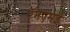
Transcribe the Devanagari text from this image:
ऍनएमई